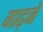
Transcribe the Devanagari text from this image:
गाढ़ने